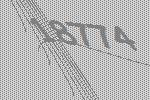
18774